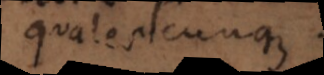
qualescunque